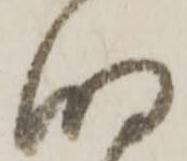
明